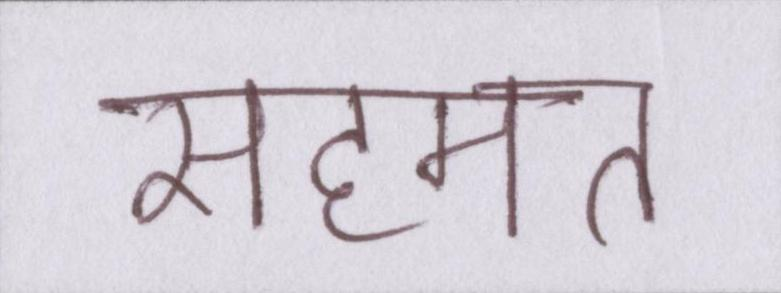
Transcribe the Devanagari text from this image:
सहमत